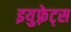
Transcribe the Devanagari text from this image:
इयुफ़्रेट्स